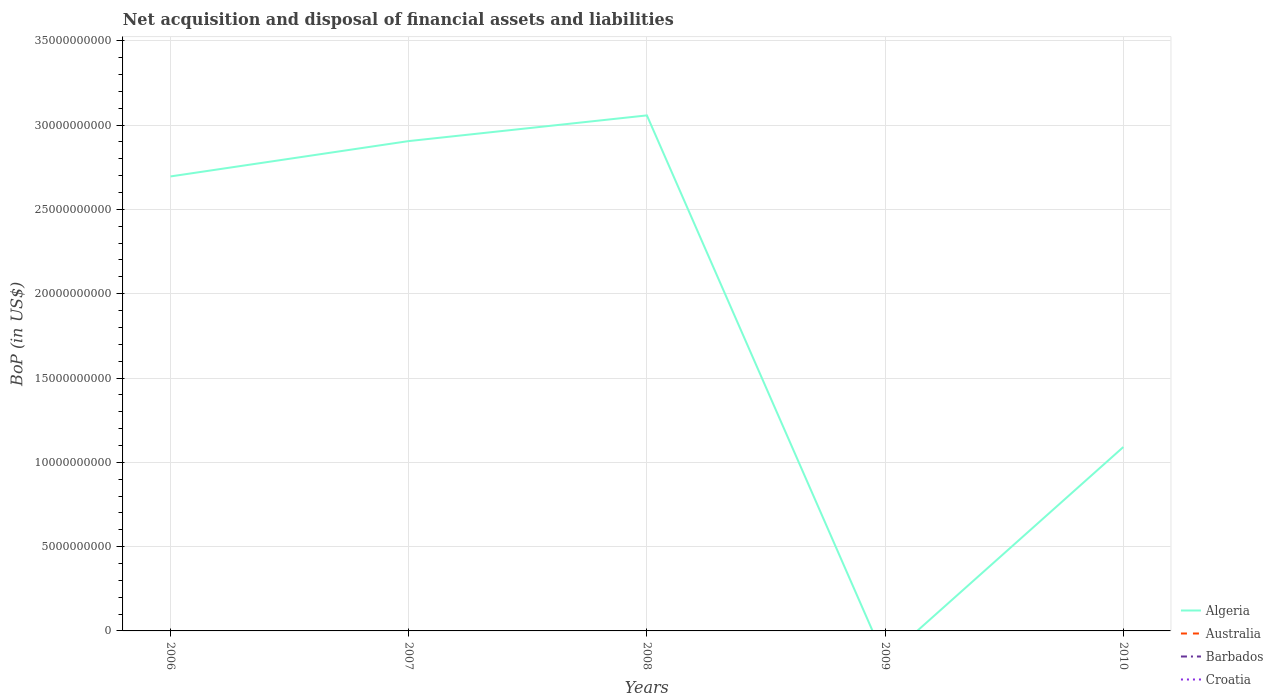
| Years | Algeria | Australia | Barbados | Croatia |
 | --- | --- | --- | --- | --- |
 | 2006 | 2.7e+10 | -4.37e+10 | -2.24e+08 | -4.92e+09 |
 | 2007 | 2.91e+10 | -6.29e+10 | -2e+08 | -5.97e+09 |
 | 2008 | 3.06e+10 | -5.12e+10 | -4.82e+08 | -8.24e+09 |
 | 2009 | -1.7e+09 | -4.83e+10 | -2.04e+08 | -4.55e+09 |
 | 2010 | 1.09e+10 | -4.41e+10 | -2.83e+08 | -1.73e+09 |